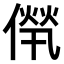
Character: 𠌻